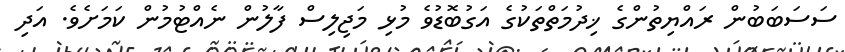
ސަސަބަބުން ރައްޔިތުންގެ ޚިދުމަތްތަކުގެ އަގުބޮޑުވެ މުޅި މަޖިލިސް ފާލުން ނެއްޓުމުން ކަމަށެވެ. އަދި